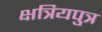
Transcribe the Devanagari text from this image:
क्षत्रियपुत्र